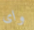
واى